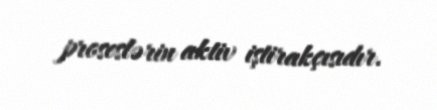
proseslərin aktiv iştirakçısıdır.